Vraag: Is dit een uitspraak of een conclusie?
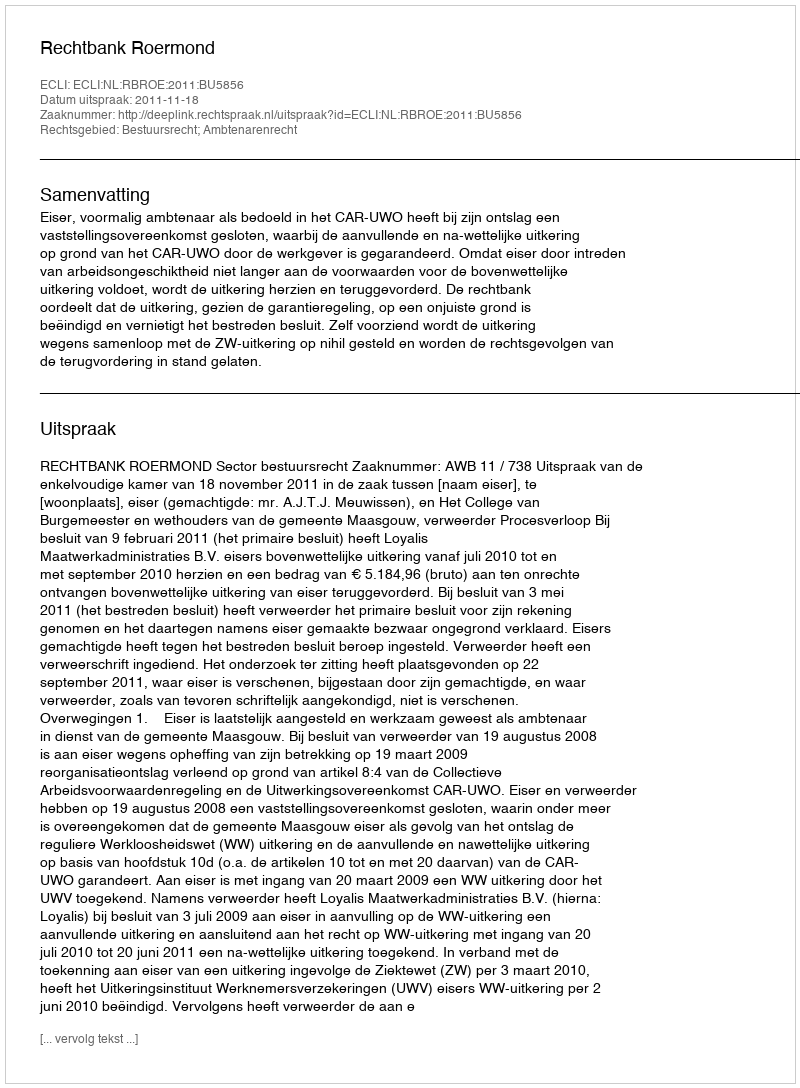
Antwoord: Uitspraak